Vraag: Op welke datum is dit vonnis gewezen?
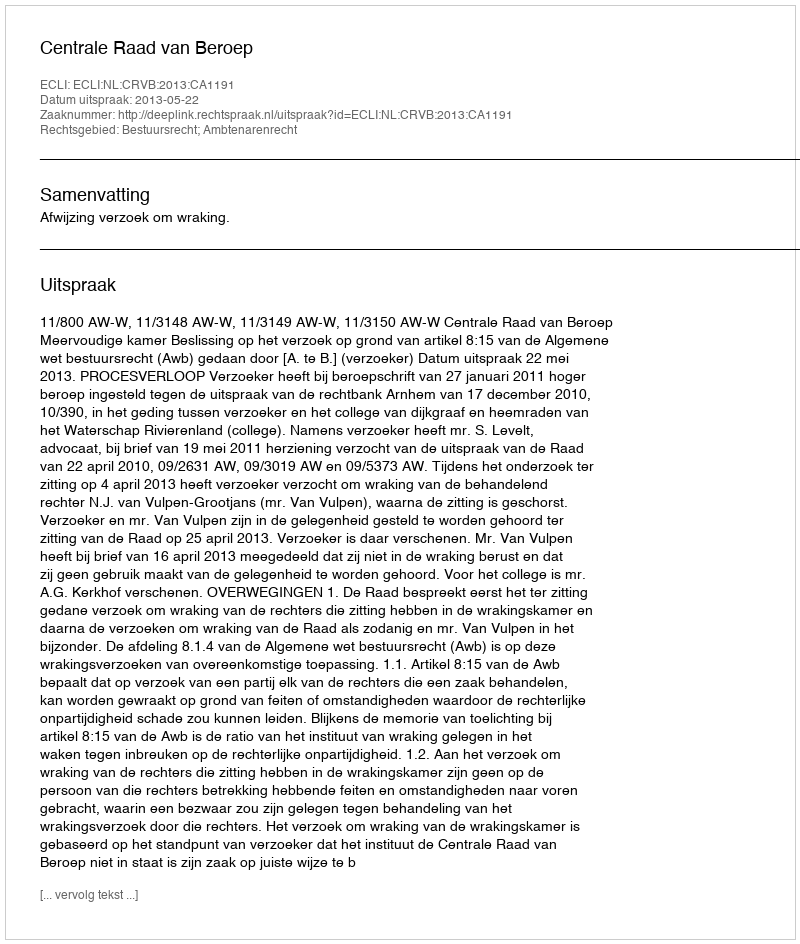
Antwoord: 2013-05-22